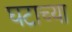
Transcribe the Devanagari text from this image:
घटाच्या